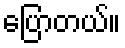
ပြောတယ်။